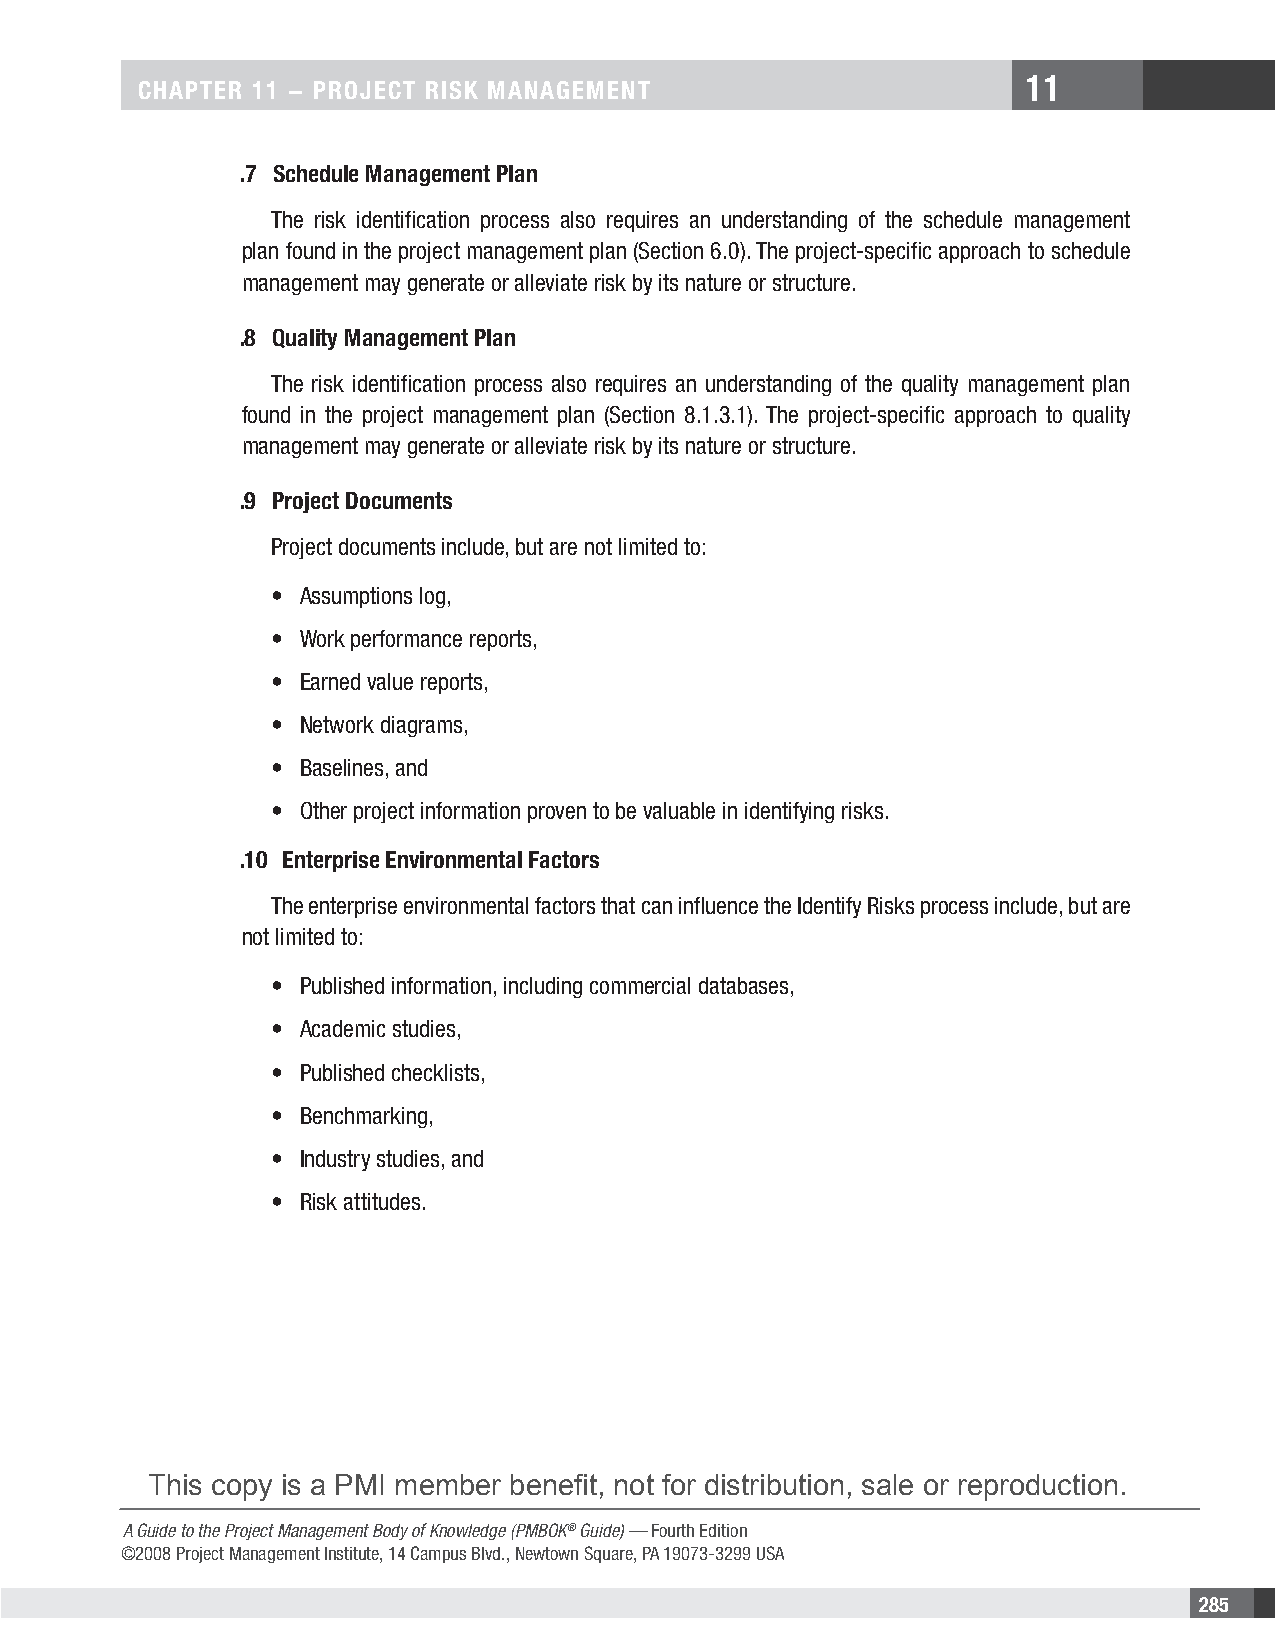
11
 CHAPTER 11 − PROjECT RIsk MAnAgEMEnT
 .7 schedule Management Plan
 The risk identification process also requires an understanding of the schedule management
 plan found in the project management plan (Section 6.0). The project-specific approach to schedule
 management may generate or alleviate risk by its nature or structure.
 .8 Quality Management Plan
 The risk identification process also requires an understanding of the quality management plan
 found in the project management plan (Section 8.1.3.1). The project-specific approach to quality
 management may generate or alleviate risk by its nature or structure.
 .9 Project Documents
 Project documents include, but are not limited to:
 • Assumptions log,
 • Work performance reports,
 • Earned value reports,
 • Network diagrams,
 • Baselines, and
 • Other project information proven to be valuable in identifying risks.
 .10 Enterprise Environmental Factors
 The enterprise environmental factors that can influence the Identify Risks process include, but are
 not limited to:
 • Published information, including commercial databases,
 • Academic studies,
 • Published checklists,
 • Benchmarking,
 • Industry studies, and
 • Risk attitudes.
 This copy is a PMI member benefit, not for distribution, sale or reproduction.
 A Guide to the Project Management Body of Knowledge (PMBOK® Guide) — Fourth Edition
 ©2008 Project Management Institute, 14 Campus Blvd., Newtown Square, PA 19073-3299 USA
 285